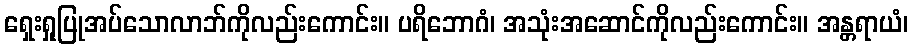
ရှေးရှုပြုအပ်သောလာဘ်ကိုလည်းကောင်း။ ပရိဘောဂံ၊ အသုံးအဆောင်ကိုလည်းကောင်း။ အန္တရာယံ၊